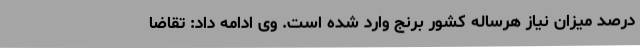
درصد میزان نیاز هرساله کشور برنج وارد شده است. وی ادامه داد: تقاضا